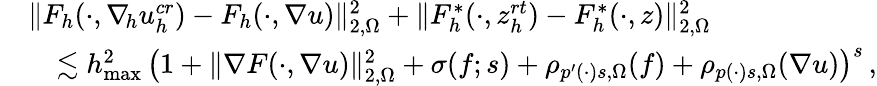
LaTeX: \begin{array}{rl}&{\| F_{h}(\cdot,\nabla_{\! h}u_{h}^{\textit{cr}})-F_{h}(\cdot,\nabla u)\| _{2,\Omega}^{2}+\| F_{h}^{*}(\cdot,z_{h}^{\textit{rt}})-F_{h}^{*}(\cdot,z)\| _{2,\Omega}^{2}}\\ &{\quad\lesssim h_{\operatorname*{max}}^{2}\, \big(1+\| \nabla F(\cdot,\nabla u)\| _{2,\Omega}^{2}+\sigma(f;s)+\rho_{p^{\prime}(\cdot)s,\Omega}(f)+\rho_{p(\cdot)s,\Omega}(\nabla u)\big)^{s}\, ,}\end{array}